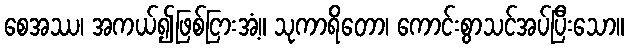
စေအဿ၊ အကယ်၍ဖြစ်ငြားအံ့။ သုကာရိတော၊ ကောင်းစွာသင်အပ်ပြီးသော။